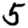
Digit: 5